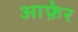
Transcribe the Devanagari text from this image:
आफ़ेर